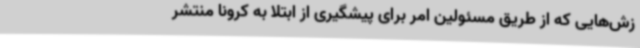
زش‌هایی که از طریق مسئولین امر برای پیشگیری از ابتلا به کرونا منتشر